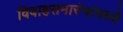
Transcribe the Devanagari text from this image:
विवाहसमारंभांमध्ये